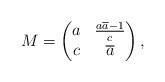
LaTeX: \begin{align*} M =\begin{pmatrix} a & \frac{a\overline{a}-1}{c}\\ c & \overline{a} \end{pmatrix}, \end{align*}